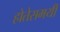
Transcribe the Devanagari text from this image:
होतेसमयी